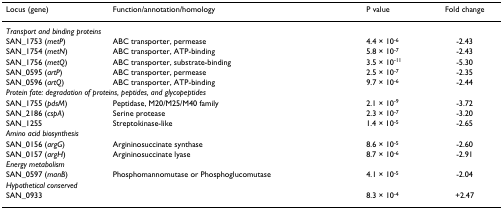
| Locus (gene) | Function/annotation/homology | P value | Fold change |
 | --- | --- | --- | --- |
 | <COLSPAN=4> Transport and binding proteins |
 | SAN_1753 (metP) | ABC transporter, permease | 4.4 × 10-6 | -2.43 |
 | SAN_1754 (metN) | ABC transporter, ATP-binding | 5.8 × 10-7 | -2.43 |
 | SAN_1756 (metQ) | ABC transporter, substrate-binding | 3.5 × 10-11 | -5.30 |
 | SAN_0595 (artP) | ABC transporter, permease | 2.5 × 10-7 | -2.35 |
 | SAN_0596 (artQ) | ABC transporter, ATP-binding | 9.7 × 10-6 | -2.44 |
 | <COLSPAN=4> Protein fate: degradation of proteins, peptides, and glycopeptides |
 | SAN_1755 (pdsM) | Peptidase, M20/M25/M40 family | 2.1 × 10-9 | -3.72 |
 | SAN_2186 (cspA) | Serine protease | 2.3 × 10-7 | -3.20 |
 | SAN_1255 | Streptokinase-like | 1.4 × 10-5 | -2.65 |
 | <COLSPAN=4> Amino acid biosynthesis |
 | SAN_0156 (argG) | Argininosuccinate synthase | 8.6 × 10-5 | -2.60 |
 | SAN_0157 (argH) | Argininosuccinate lyase | 8.7 × 10-6 | -2.91 |
 | <COLSPAN=4> Energy metabolism |
 | SAN_0597 (manB) | Phosphomannomutase or Phosphoglucomutase | 4.1 × 10-5 | -2.04 |
 | <COLSPAN=4> Hypothetical conserved |
 | SAN_0933 |  | 8.3 × 10-4 | +2.47 |